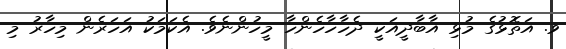
ވ. އަތޮޅުގެ މުޅި އާބާދީއަކީ ދެހާހާހެންހާ މީހުންނެވެ. އެކަމަކު އަހަރެން މިހާރު މި